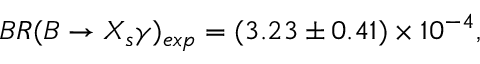
B R ( B \rightarrow X _ { s } \gamma ) _ { e x p } = ( 3 . 2 3 \pm 0 . 4 1 ) \times 1 0 ^ { - 4 } ,